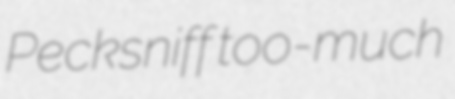
Pecksniff too-much